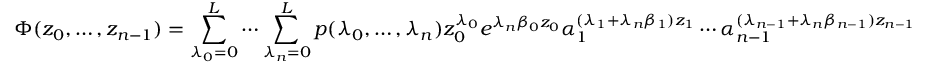
\Phi ( z _ { 0 } , \ldots , z _ { n - 1 } ) = \sum _ { \lambda _ { 0 } = 0 } ^ { L } \cdots \sum _ { \lambda _ { n } = 0 } ^ { L } p ( \lambda _ { 0 } , \ldots , \lambda _ { n } ) z _ { 0 } ^ { \lambda _ { 0 } } e ^ { \lambda _ { n } \beta _ { 0 } z _ { 0 } } \alpha _ { 1 } ^ { ( \lambda _ { 1 } + \lambda _ { n } \beta _ { 1 } ) z _ { 1 } } \cdots \alpha _ { n - 1 } ^ { ( \lambda _ { n - 1 } + \lambda _ { n } \beta _ { n - 1 } ) z _ { n - 1 } }